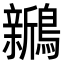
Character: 𬷵